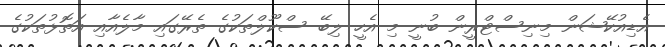
އެޑިއުކޭޝަން މިނިސްޓްރީން ބުނީ މި އެހީ ލިބޭ ސްކޫލްތަކުގެ ތެރޭގައި މާލެއާއި އަތޮޅުތަކުގެ